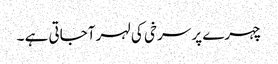
چہرے پر سرخی کی لہر آجاتی ہے ۔